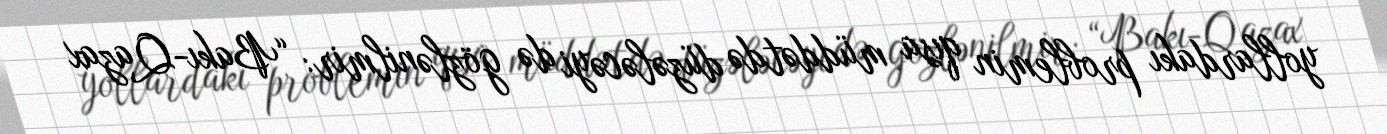
yollardakı problemin qısa müddətdə düzələcəyi də gözlənilmir: “Bakı-Qazax